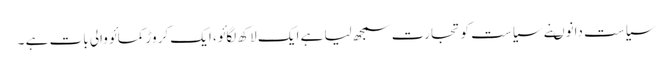
سیاست دانوںنے سیاست کو تجارت سمجھ لیا ہے ایک لاکھ لگائو، ایک کروڑ کمائو والی بات ہے ۔